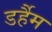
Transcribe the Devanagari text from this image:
डर्हैम